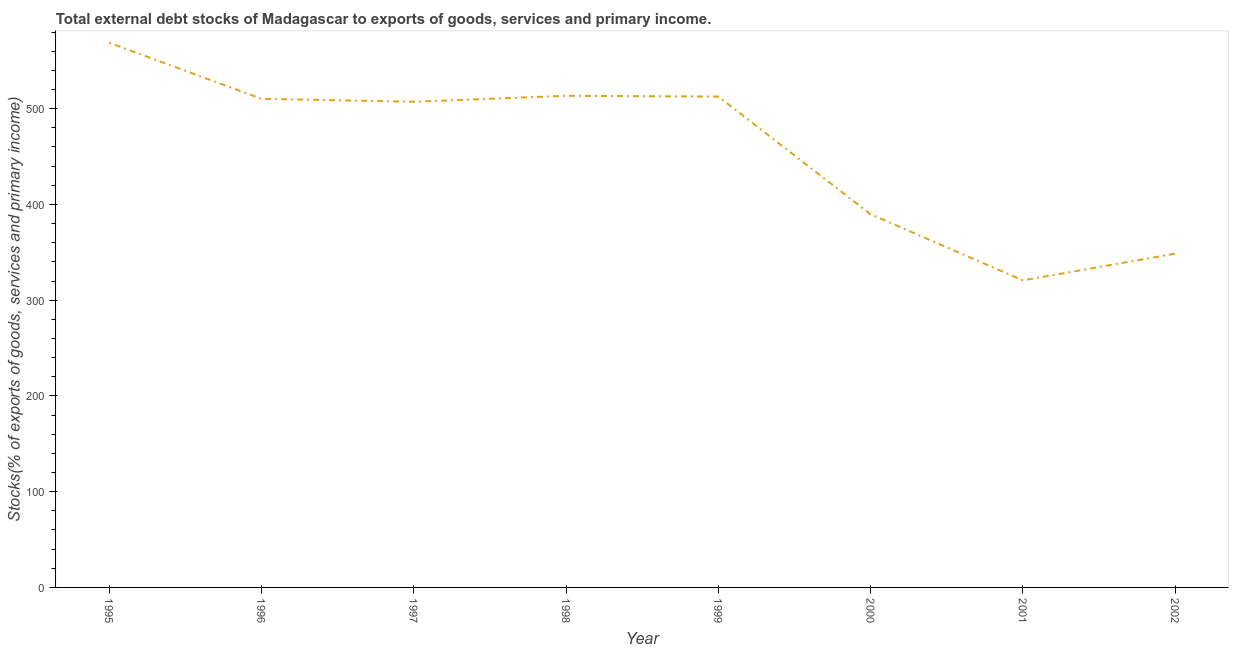
| Year | External debt stocks (% of exports of goods |
 | --- | --- |
 | 1995 | 569 |
 | 1996 | 510 |
 | 1997 | 507 |
 | 1998 | 513 |
 | 1999 | 513 |
 | 2000 | 390 |
 | 2001 | 321 |
 | 2002 | 349 |